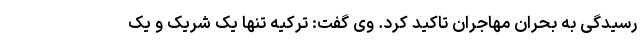
رسیدگی به بحران مهاجران تاکید کرد. وی گفت: ترکیه تنها یک شریک و یک